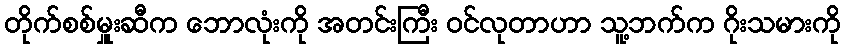
တိုက်စစ်မှူးဆီက ဘောလုံးကို အတင်းကြီး ဝင်လုတာဟာ သူ့ဘက်က ဂိုးသမားကို